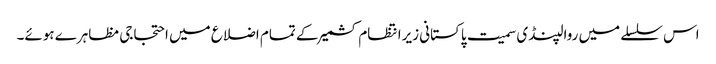
اس سلسلے میں روالپنڈی سمیت پاکستانی زیرانتظام کشمیر کے تمام اضلاع میں احتجاجی مظاہرے ہوئے۔